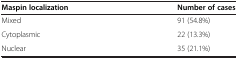
| Maspin localization | Number of cases |
 | --- | --- |
 | Mixed | 91 (54.8%) |
 | Cytoplasmic | 22 (13.3%) |
 | Nuclear | 35 (21.1%) |